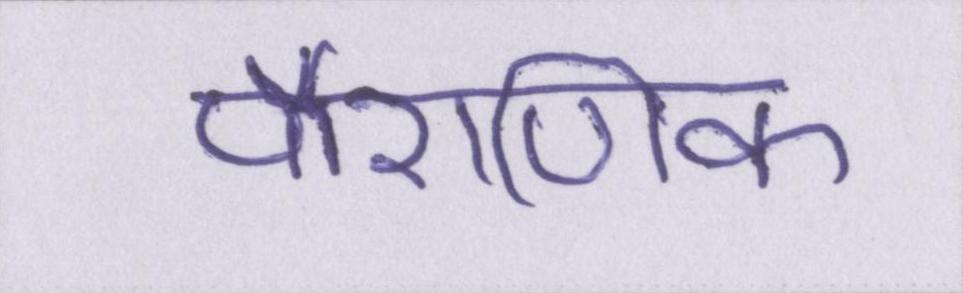
पौराणिक